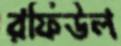
রফিউল